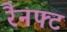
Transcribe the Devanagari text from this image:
रैनफ्‍ट